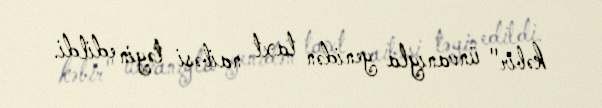
kəbir" ünvanıyla yenidən taxt naibəsi təyin edildi.